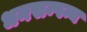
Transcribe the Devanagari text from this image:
धनसम्पन्न